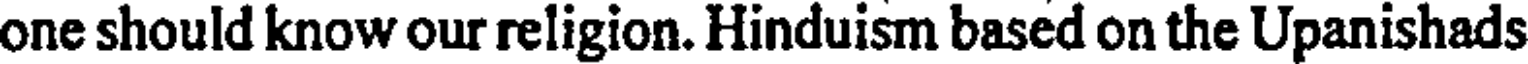
one should know our religion. Hinduism based on the Upanishads